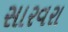
સારવરા